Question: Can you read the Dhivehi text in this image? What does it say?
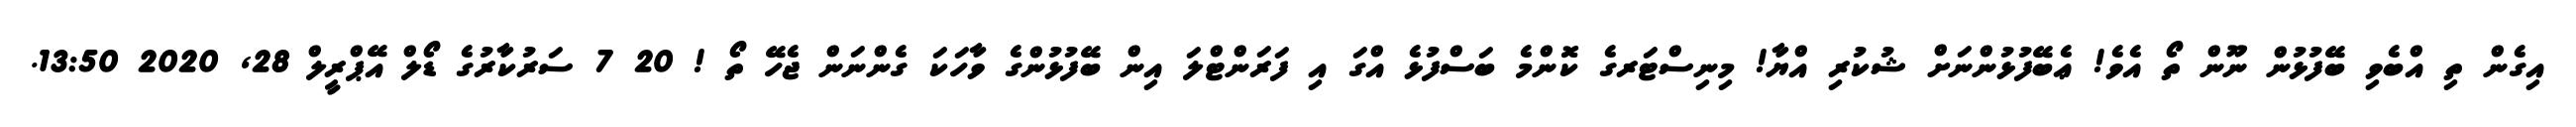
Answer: އިގެން ތި އްބެވި ބޭފުޅުން ނޫން ތޯ އެވެ! ޢެބޭފުޅުންނަށް ޝުކުރި އްޔާ! މިނިސްޓަރގެ ކޮންމެ ބަސްފުޅެ އްގަ އި ފަރަންޓްލަ އިން ބޭފުޅުންގެ ވާހަކަ ގެންނަން ޖެހޭ ތޯ ! 20 7 ސަރުކާރުގެ ޑޯލް އޭޕްރީލް 28, 2020 13:50.